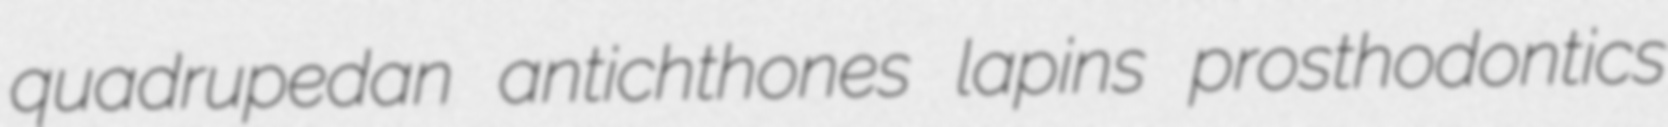
quadrupedan antichthones lapins prosthodontics